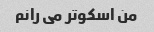
من اسکوتر می رانم